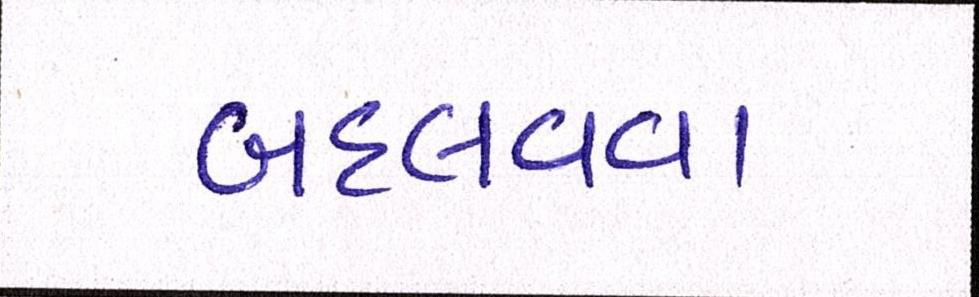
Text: બદલવવા